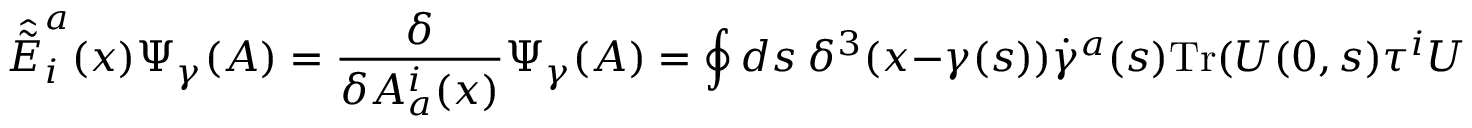
\hat { \tilde { E } } _ { i } ^ { a } ( x ) \Psi _ { \gamma } ( A ) = { \frac { \delta } { \delta A _ { a } ^ { i } ( x ) } } \Psi _ { \gamma } ( A ) = \oint d s \ \delta ^ { 3 } ( x - \gamma ( s ) ) \dot { \gamma } ^ { a } ( s ) \mathrm { T r } ( U ( 0 , s ) \tau ^ { i } U ( s , 1 ) )